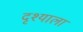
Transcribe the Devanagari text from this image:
दृश्‍याला